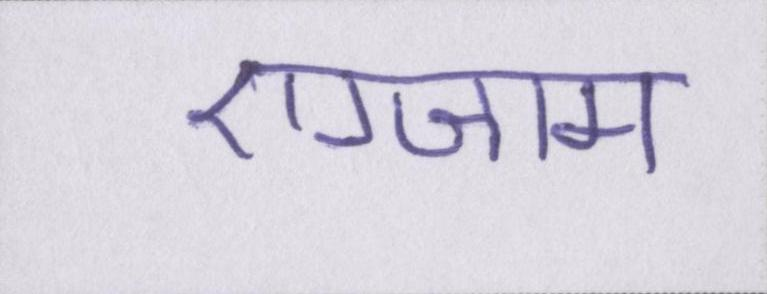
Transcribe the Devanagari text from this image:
एग्जाम